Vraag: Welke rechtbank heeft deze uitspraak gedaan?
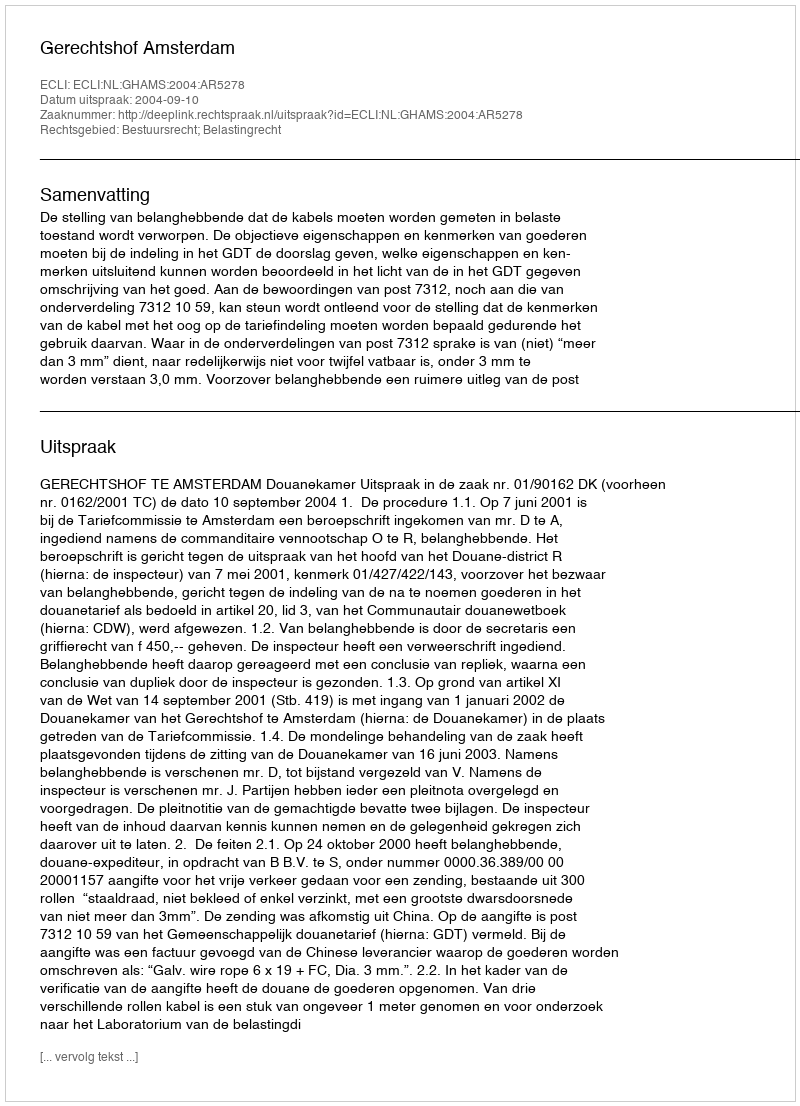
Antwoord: Gerechtshof Amsterdam